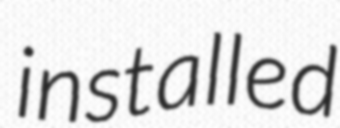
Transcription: installed